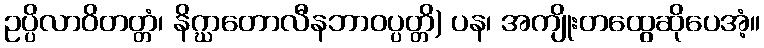
ဥပ္ပိလာဝိတတ္တံ၊ နိဂ္ဃာတောလီနဘာဝပ္ပတ္တိ) ပန၊ အကျိုးတထွေဆိုပေအံ့။